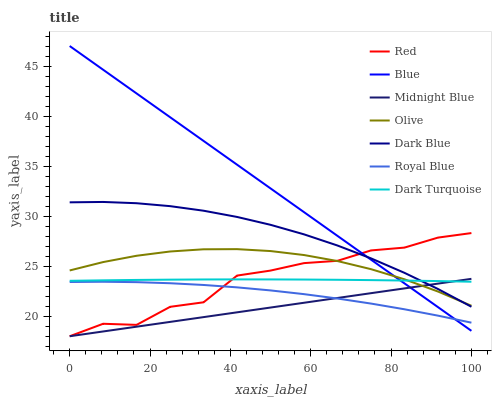
| xaxis_label | Red | Blue | Midnight Blue | Olive | Dark Blue | Royal Blue | Dark Turquoise |
 | --- | --- | --- | --- | --- | --- | --- | --- |
 | 0 | 18 | 47 | 18 | 24.6 | 31.4 | 23.4 | 23.5 |
 | 8.33 | 19.2 | 44.6 | 18.5 | 25.4 | 31.4 | 23.4 | 23.6 |
 | 16.7 | 19.1 | 42.3 | 19 | 26 | 31.3 | 23.4 | 23.6 |
 | 25 | 20.9 | 39.9 | 19.4 | 26.5 | 31 | 23.3 | 23.7 |
 | 33.3 | 21.4 | 37.5 | 19.9 | 26.7 | 30.5 | 23.1 | 23.7 |
 | 41.7 | 24.1 | 35.1 | 20.4 | 26.7 | 29.9 | 22.9 | 23.7 |
 | 50 | 24.6 | 32.8 | 20.9 | 26.5 | 29.1 | 22.6 | 23.7 |
 | 58.3 | 25.3 | 30.4 | 21.3 | 26.1 | 28.2 | 22.2 | 23.7 |
 | 66.7 | 25.5 | 28 | 21.8 | 25.5 | 27.1 | 21.8 | 23.6 |
 | 75 | 26.6 | 25.7 | 22.3 | 24.7 | 25.8 | 21.3 | 23.6 |
 | 83.3 | 26.9 | 23.3 | 22.8 | 23.7 | 24.3 | 20.7 | 23.6 |
 | 91.7 | 27.9 | 20.9 | 23.3 | 22.5 | 22.7 | 20.1 | 23.5 |
 | 100 | 28.3 | 18.5 | 23.7 | 21 | 20.9 | 19.4 | 23.4 |